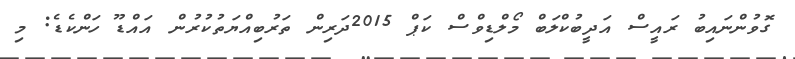
ގޮވުންނައިބު ރައީސް އަދީބުކްލަބް މޯލްޑިވްސް ކަޕް 2015ދަރިން ތަރުބިއްޔަތުކުރުން އައްޑޫ ހަންކެޑެ: މި